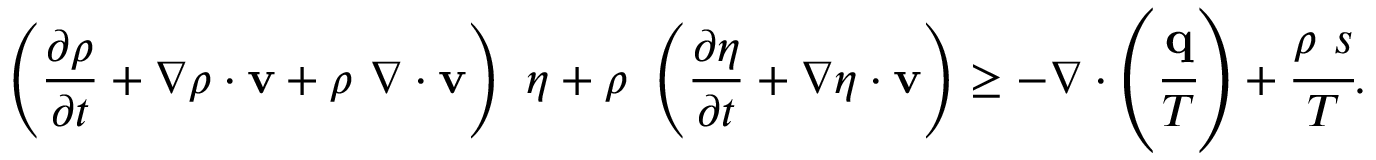
\left( { \frac { \partial \rho } { \partial t } } + { \boldsymbol { \nabla } } \rho \cdot \mathbf { v } + \rho ~ { \boldsymbol { \nabla } } \cdot \mathbf { v } \right) ~ \eta + \rho ~ \left( { \frac { \partial \eta } { \partial t } } + { \boldsymbol { \nabla } } \eta \cdot \mathbf { v } \right) \geq - { \boldsymbol { \nabla } } \cdot \left( { \cfrac { \mathbf { q } } { T } } \right) + { \cfrac { \rho ~ s } { T } } .